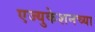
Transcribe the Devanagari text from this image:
एज्युकेशनच्या